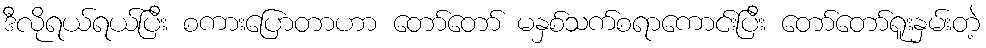
ဒီလိုရယ်ရယ်ပြီး စကားပြောတာဟာ တော်တော် မနှစ်သက်စရာကောင်းပြီး တော်တော်ရူးနှမ်းတဲ့